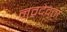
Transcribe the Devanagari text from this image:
नवदेवता